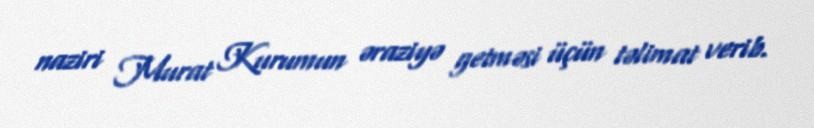
naziri Murat Kurumun əraziyə getməsi üçün təlimat verib.